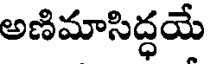
అణిమాసిద్ధయే